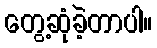
တွေ့ဆုံခဲ့တာပါ။